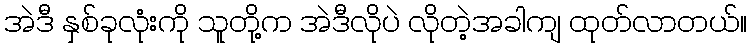
အဲဒီ နှစ်ခုလုံးကို သူတို့က အဲဒီလိုပဲ လိုတဲ့အခါကျ ထုတ်လာတယ်။